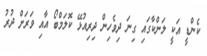
ކެންޑީ އަކީ ލަންކާގައި ގިނަ ދިވެހިން ދިރިއުޅޭ ކޮލަަމްބޯ އާއި ވަރަށް ދުރު